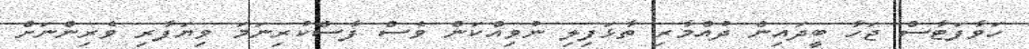
ހަވާފަޓާސް ޖަހާ ބީދައިން ދުއްމާރި ތާޅަފިލި ނުވިއްކަން ވެސް ފާސްކުރިނަމަ ވިޔަފާރި ވެެރިންނަށް